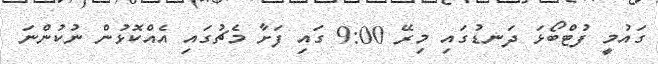
ގައުމީ ފުޓްބޯޅަ ދަނޑުގައި މިރޭ 9:00 ގައި ފަށާ މެޗުގައި އެއްކޮޅުން ނުކުންނަ